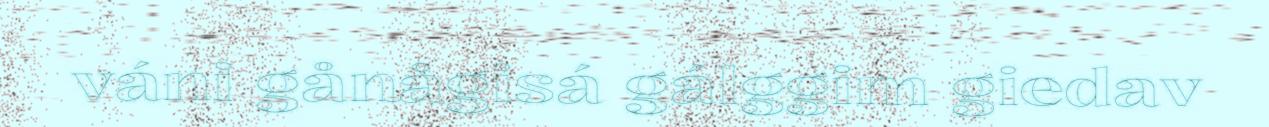
váni gånågisá gálggim giedav